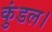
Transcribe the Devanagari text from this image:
कुंडल।